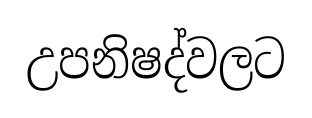
උපනිෂද්වලට